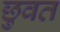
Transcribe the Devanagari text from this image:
छुवत